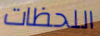
اللحظات